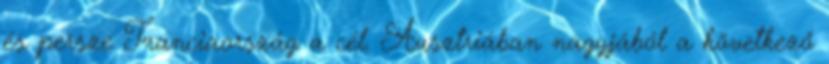
és persze Franciaország a cél. Ausztriában nagyjából a következő